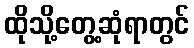
ထိုသို့တွေ့ဆုံရာတွင်